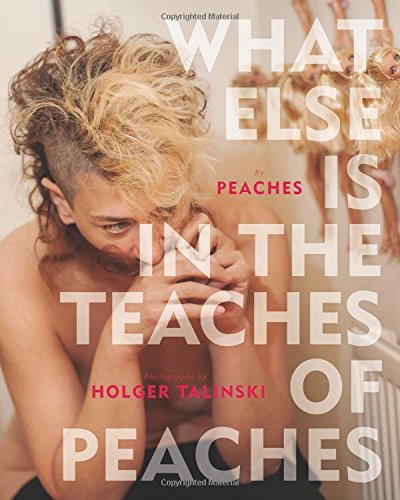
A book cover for What Else Is in the Teaches of Peaches; Peaches; Arts & Photography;